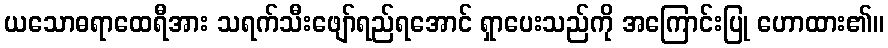
ယသောဓရာထေရီအား သရက်သီးဖျော်ရည်ရအောင် ရှာပေးသည်ကို အကြောင်းပြု ဟောထား၏။